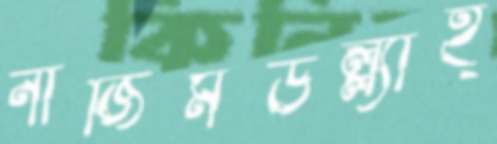
নাজিমউল্ল্যাহ্